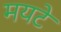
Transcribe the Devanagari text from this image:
मयटे